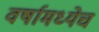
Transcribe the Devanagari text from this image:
वर्षामध्येच